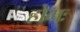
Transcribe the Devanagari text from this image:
होमः